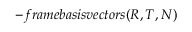
- f r a m e b a s i s v e c t o r s ( R , T , N )